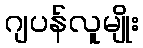
ဂျပန်လူမျိုး